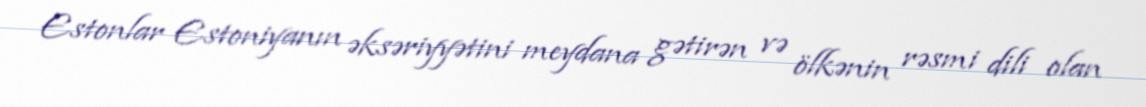
Estonlar Estoniyanın əksəriyyətini meydana gətirən və ölkənin rəsmi dili olan